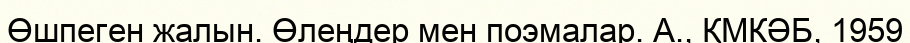
Өшпеген жалын. Өлеңдер мен поэмалар. А., ҚМКӘБ, 1959